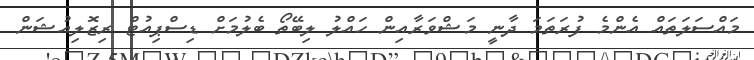
މައްސަލަތައް އެންމެ ފުރަތަމަ ދާނީ މަޝްވަރާއިން ހައްލު ލިބޭތޯ ބެލުމަށް ޑިސްޕިއުޓް ރިޒޮލިއުޝަން